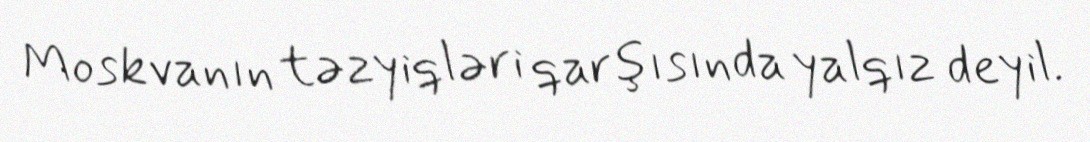
Moskvanın təzyiqləri qarşısında yalqız deyil.